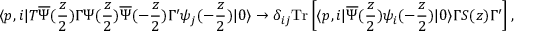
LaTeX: \langle p , i | T { \overline { { \Psi } } } ( { \frac { z } { 2 } } ) \Gamma \Psi ( { \frac { z } { 2 } } ) { \overline { { \Psi } } } ( - { \frac { z } { 2 } } ) \Gamma ^ { \prime } \psi _ { j } ( - { \frac { z } { 2 } } ) | 0 \rangle \to \delta _ { i j } \mathrm { T r } \left[ \langle p , i | { \overline { { \Psi } } } ( { \frac { z } { 2 } } ) \psi _ { i } ( - { \frac { z } { 2 } } ) | 0 \rangle \Gamma S ( z ) \Gamma ^ { \prime } \right] ,